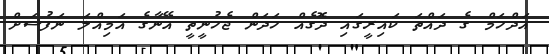
އަދްހަމް ގެ ދައްތަ ކައިރީގައި ދޮގެއް ހަދަން ޖެހުނީތީ އޭނާގެ އަމިއްލަ ނަފުސަށް